Annual administration report of the Civil Veterinary Department of India - 1893-1894
Year: 1893
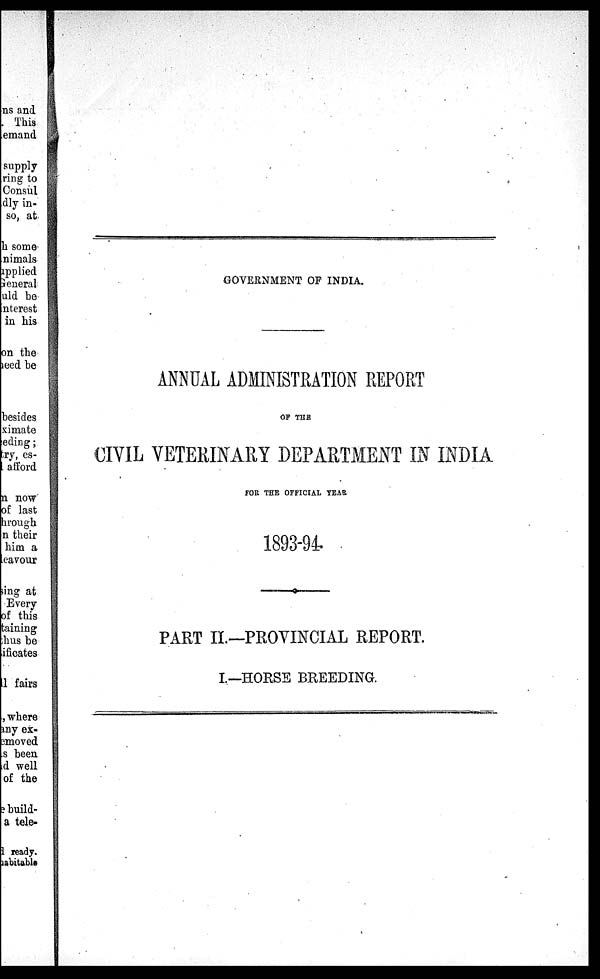
GOVERNMENT OF INDIA.
ANNUAL ADMINISTRATION REPORT
OF THE
CIVIL VETERINARY DEPARTMENT IN INDIA
FOR THE OFFICIAL YEAR
1893-94.
PART II.—PROVINCIAL REPORT.
I.—HOUSE BREEDING.